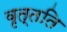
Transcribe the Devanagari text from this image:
वृत्तति